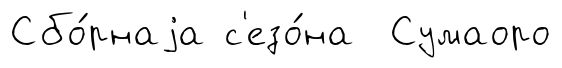
Сбо́рнаjа с'езо́на Сумаоро